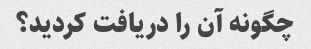
چگونه آن را دریافت کردید؟